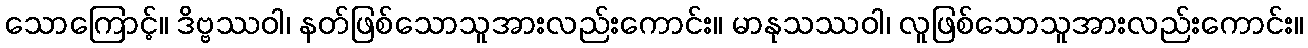
သောကြောင့်။ ဒိဗ္ဗဿဝါ၊ နတ်ဖြစ်သောသူအားလည်းကောင်း။ မာနုသဿဝါ၊ လူဖြစ်သောသူအားလည်းကောင်း။